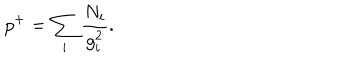
p ^ { + } = \sum _ { i } \frac { N _ { i } } { g _ { i } ^ { 2 } } .